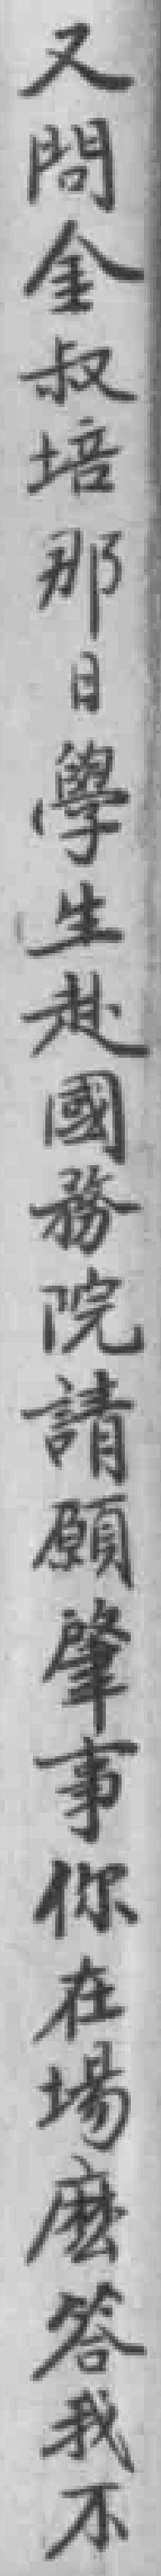
又問金叔培那日學生赴國務院請願肇事你在場麼答我不